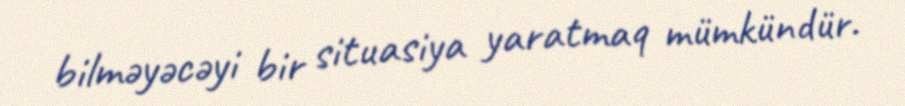
bilməyəcəyi bir situasiya yaratmaq mümkündür.